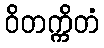
ဝိတက္ကိတံ